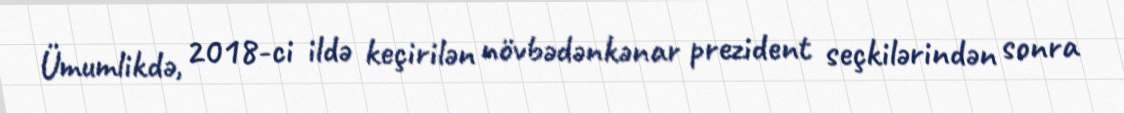
Ümumlikdə, 2018-ci ildə keçirilən növbədənkənar prezident seçkilərindən sonra